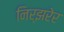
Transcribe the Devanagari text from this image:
निर्झरेर